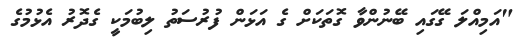
"އަމިއްލަ ގޭގައި ބޭނުންވާ ގޮތަކަށް ގެ އަޅަން ފުރުސަތު ލިބުމަކީ ގެދޮރު އެޅުމުގެ